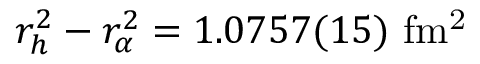
r _ { h } ^ { 2 } - r _ { \alpha } ^ { 2 } = 1 . 0 7 5 7 ( 1 5 ) \ \mathrm { f m ^ { 2 } }